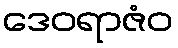
ဒေဝရာဇံဝ